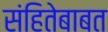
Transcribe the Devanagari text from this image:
संहितेबाबत